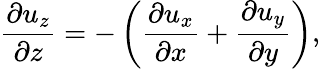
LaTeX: \frac{\partial u_{z}}{\partial z}=-\left(\frac{\partial u_{x}}{\partial x}+\frac{\partial u_{y}}{\partial y}\right),